Annual report of the Bengal Veterinary College and of the Civil Veterinary Department, Bengal, for the year 1919-20 - 1919-1920
Year: 1919
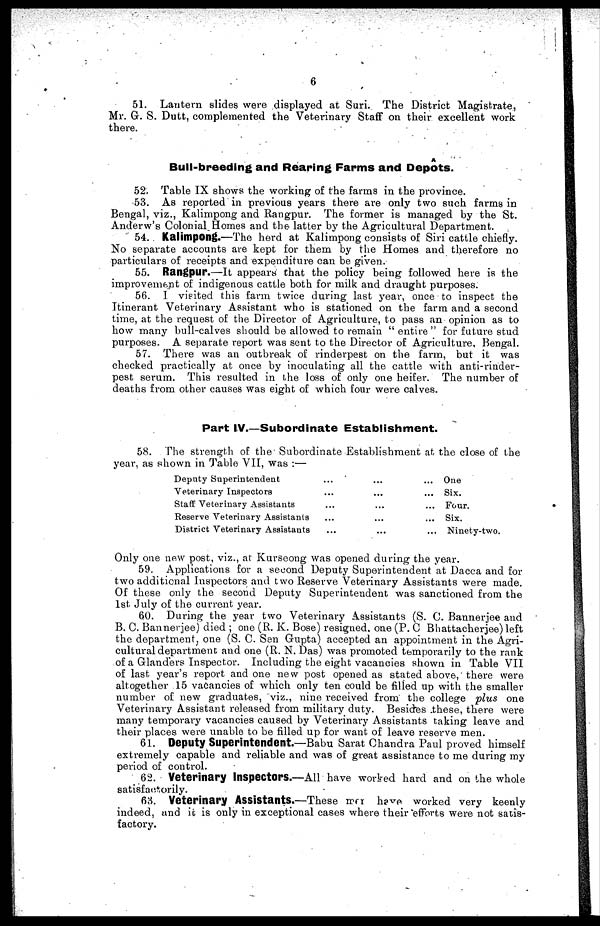
6
51. Lantern slides were displayed at Suri. The District Magistrate,
Mr. G. S. Dutt, complemented the Veterinary Staff on their excellent work
there.
A
Bull-breeding and Rearing Farms and Depots.
52. Table IX shows the working of the farms in the province.
53. As reported in previous years there are only two such farms in
Bengal, viz., Kalimpong and Rangpur. The former is managed by the St.
Anderw's Colonial Homes and the latter by the Agricultural Department.
54. Kalimpong.—The herd at Kalimpong consists of Siri cattle chiefly.
No separate accounts are kept for them by the Homes and therefore no
particulars of receipts and expenditure can be given.
55. Rangpur.—It appears that the policy being followed here is the
improvement of indigenous cattle both for milk and draught purposes.
56. I visited this farm twice during last year, once to inspect the
Itinerant Veterinary Assistant who is stationed on the farm and a second
time, at the request of the Director of Agriculture, to pass an opinion as to
how many bull-calves should be allowed to remain "entire" for future stud
purposes. A separate report was sent to the Director of Agriculture, Bengal.
57. There was an outbreak of rinderpest on the farm, but it was
checked practically at once by inoculating all the cattle with anti-rinder-
pest serum. This resulted in the loss of only one heifer. The number of
deaths from other causes was eight of which four were calves.
Part IV.—Subordinate Establishment.
58. The strength of the Subordinate Establishment at the close of the
year, as shown in Table VII, was:—
Deputy Superintendent
Veterinary Inspectors
Staff Veterinary Assistants
Reserve Veterinary Assistants
District Veterinary Assistants
...
...
...
...
...
...
...
...
...
...
...
...
...
...
...
One
Six.
Four.
Six.
Ninety-two.
Only one new post, viz., at Kurseong was opened during the year.
59. Applications for a second Deputy Superintendent at Dacca and for
two additional Inspectors and two Reserve Veterinary Assistants were made.
Of these only the second Deputy Superintendent was sanctioned from the
1st July of the current year.
60. During the year two Veterinary Assistants (S. C. Bannerjee and
B. C. Bannerjee) died; one (R. K. Bose) resigned, one (P. C Bhattacherjee) left
the department one (S. C. Sen Gupta) accepted an appointment in the Agri-
cultural department and one (R. N. Das) was promoted temporarily to the rank
of a Glanders Inspector. Including the eight vacancies shown in Table VII
of last year's report and one new post opened as stated above, there were
altogether 15 vacancies of which only ten could be filled up with the smaller
number of new graduates, viz., nine received from the college plus one
Veterinary Assistant released from military duty. Besides these, there were
many temporary vacancies caused by Veterinary Assistants taking leave and
their places were unable to be filled up for want of leave reserve men.
61. Deputy Superintendent.—Babu Sarat Chandra Paul proved himself
extremely capable and reliable and was of great assistance to me during my
period of control.
62. Veterinary Inspectors.—All have worked hard and on the whole
satisfactorily.
63. Veterinary Assistants.—These mer have worked very keenly
indeed, and it is only in exceptional cases where their efforts were not satis-
factory.